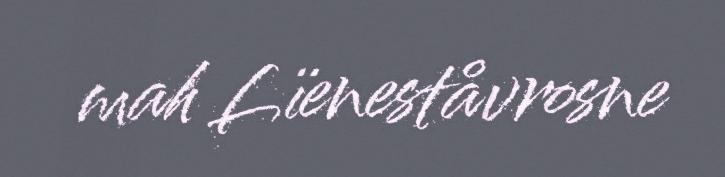
mah Lïeneståvrosne